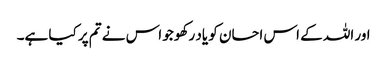
اور اللہ کے اس احسان کو یاد رکھو جو اس نے تم پر کیا ہے۔